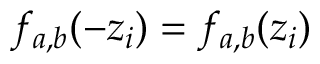
f _ { a , b } ( - z _ { i } ) = f _ { a , b } ( z _ { i } )